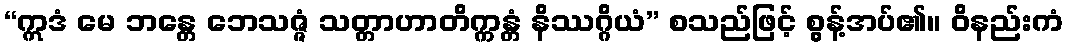
“ဣဒံ မေ ဘန္တေ ဘေသဇ္ဇံ သတ္တာဟာတိက္ကန္တံ နိဿဂ္ဂိယံ” စသည်ဖြင့် စွန့်အပ်၏။ ဝိနည်းကံ